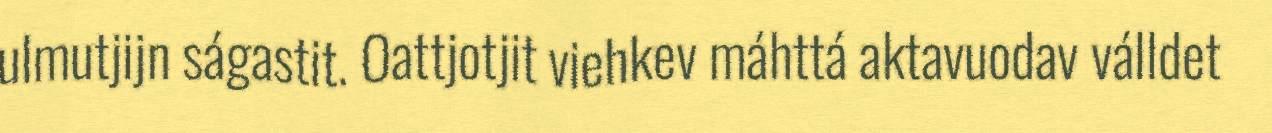
ulmutjijn ságastit. Oattjotjit viehkev máhttá aktavuodav válldet